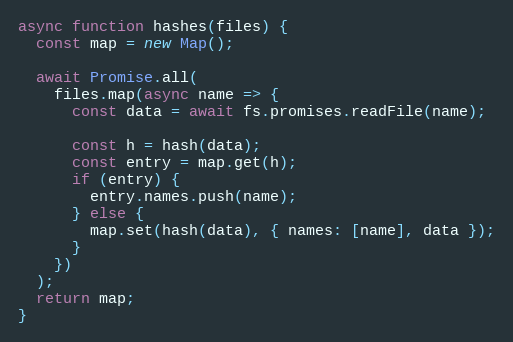
Language: JavaScript
async function hashes(files) {
  const map = new Map();

  await Promise.all(
    files.map(async name => {
      const data = await fs.promises.readFile(name);

      const h = hash(data);
      const entry = map.get(h);
      if (entry) {
        entry.names.push(name);
      } else {
        map.set(hash(data), { names: [name], data });
      }
    })
  );
  return map;
}